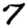
Digit: 7